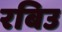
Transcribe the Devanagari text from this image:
रबिउ